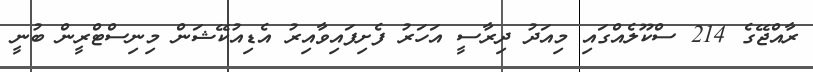
ރާއްޖޭގެ 214 ސްކޫލެއްގައި މިއަދު ދިރާސީ އަހަރު ފެށިފައިވާއިރު އެޑިއުކޭޝަން މިނިސްޓްރީން ބުނީ